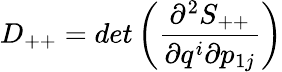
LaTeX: D_{++}=det\left(\frac{\partial^{2}S_{++}}{\partial q^{i}\partial p_{1j}}\right)